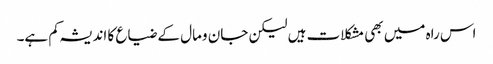
اس راہ میں بھی مشکلات ہیں لیکن جان ومال کے ضیاع کا اندیشہ کم ہے۔